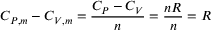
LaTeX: C _ { P , m } - C _ { V , m } = { \frac { C _ { P } - C _ { V } } { n } } = { \frac { n R } { n } } = R